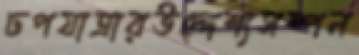
ঢপযাত্রারউদ্দেশ্যসম্পন